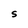
Character: S